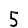
Digit: 5